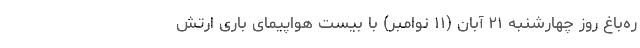
ره‌باغ روز چهارشنبه ۲۱ آبان (۱۱ نوامبر) با بیست هواپیمای باری ارتش